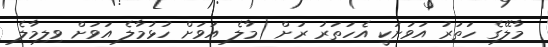
މާލޭގެ ހަތަރު އަވަށަކީ އެހަތަރު ރަށް (މާލެ އަވަށް ހުޅުމާލެ އަވަށް ވިލިމާލެ